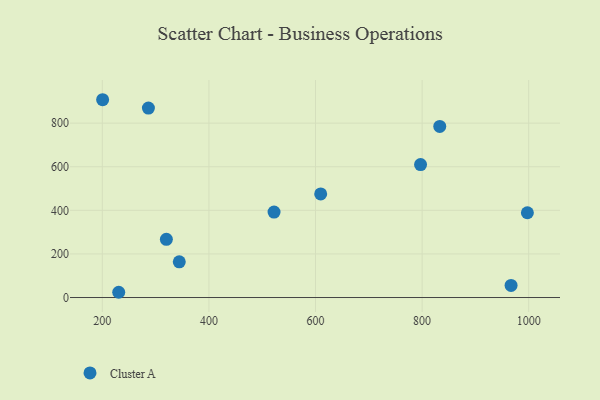
{"axis": {"x": "Ad Spend", "y": "Yield"}, "legend": ["Cluster A"], "data": [{"x": "997.5", "y": 389.0, "type": "Cluster A"}, {"x": "797.1", "y": 610.0, "type": "Cluster A"}, {"x": "833.1", "y": 784.8, "type": "Cluster A"}, {"x": "522.2", "y": 392.0, "type": "Cluster A"}, {"x": "320.2", "y": 266.8, "type": "Cluster A"}, {"x": "230.8", "y": 24.1, "type": "Cluster A"}, {"x": "286.5", "y": 869.0, "type": "Cluster A"}, {"x": "344.4", "y": 163.9, "type": "Cluster A"}, {"x": "200.6", "y": 907.5, "type": "Cluster A"}, {"x": "609.7", "y": 475.3, "type": "Cluster A"}, {"x": "966.9", "y": 55.6, "type": "Cluster A"}]}